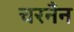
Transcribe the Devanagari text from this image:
चरनँन